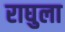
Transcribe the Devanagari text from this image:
राघुला